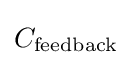
C_{\text{feedback}}